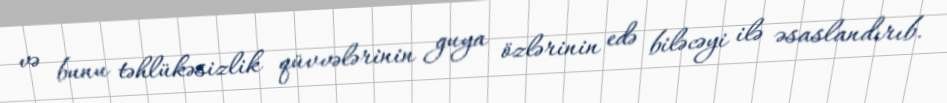
və bunu təhlükəsizlik qüvvələrinin guya özlərinin edə biləcəyi ilə əsaslandırıb.